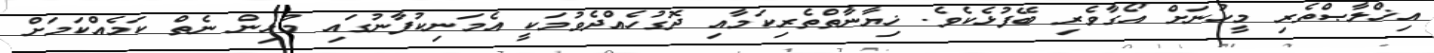
އިޚްލާޞްތެރި މީހުނަށް އޯގާވެރި ބޭފުޅެކެވެ. ޚިޔާނާތްތެރިކަމާއި ދޮގުހެއްދެވުމަކީ އެމަނިކުފާނުގައި މުޅިން ނެތް ކަމެއްކަމަށް